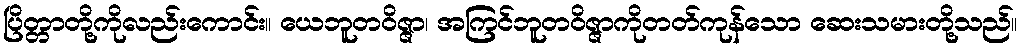
ပြိတ္တာတို့ကိုလည်းကောင်း။ ယေဘူတဝိဇ္ဇာ၊ အကြင်ဘူတဝိဇ္ဇာကိုတတ်ကုန်သော ဆေးသမားတို့သည်။